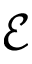
\mathcal { E }